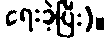
ရေးခဲ့ပြီး)။